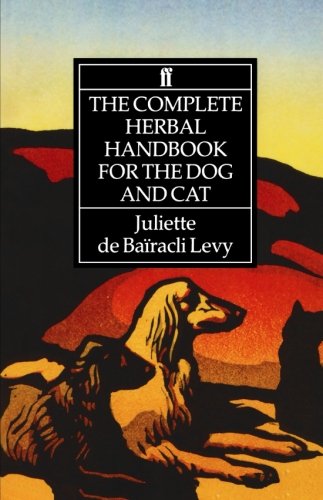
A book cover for Complete Herbal Handbook for the Dog and Cat; Juliette De Bairacli Levy; Crafts, Hobbies & Home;